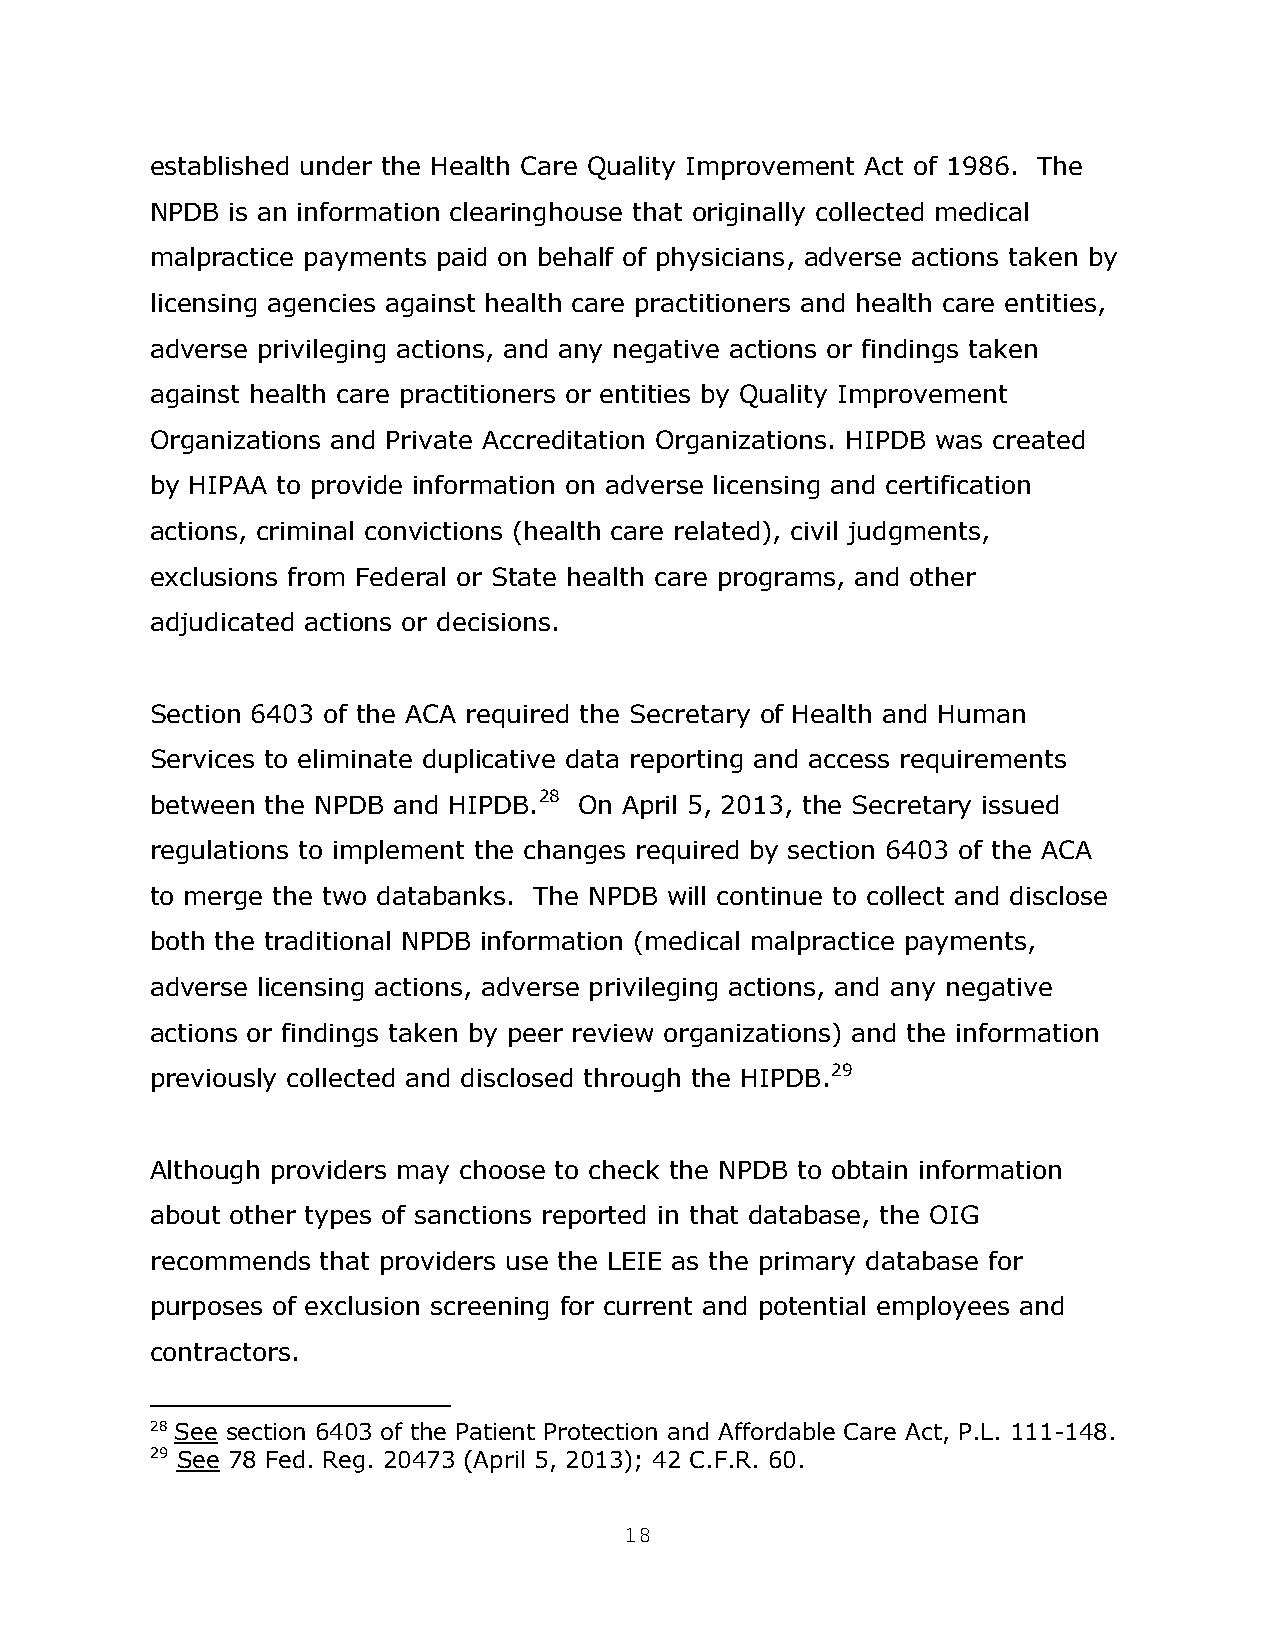
established under the Health Care Quality Improvement Act of 1986. The
 NPDB is an information clearinghouse that originally collected medical
 malpractice payments paid on behalf of physicians, adverse actions taken by
 licensing agencies against health care practitioners and health care entities,
 adverse privileging actions, and any negative actions or findings taken
 against health care practitioners or entities by Quality Improvement
 Organizations and Private Accreditation Organizations. HIPDB was created
 by HIPAA to provide information on adverse licensing and certification
 actions, criminal convictions (health care related), civil judgments,
 exclusions from Federal or State health care programs, and other
 adjudicated actions or decisions.
 Section 6403 of the ACA required the Secretary of Health and Human
 Services to eliminate duplicative data reporting and access requirements
 between the NPDB and HIPDB.28 On April 5, 2013, the Secretary issued
 regulations to implement the changes required by section 6403 of the ACA
 to merge the two databanks. The NPDB will continue to collect and disclose
 both the traditional NPDB information (medical malpractice payments,
 adverse licensing actions, adverse privileging actions, and any negative
 actions or findings taken by peer review organizations) and the information
 previously collected and disclosed through the HIPDB.29
 Although providers may choose to check the NPDB to obtain information
 about other types of sanctions reported in that database, the OIG
 recommends that providers use the LEIE as the primary database for
 purposes of exclusion screening for current and potential employees and
 contractors.
 28 See section 6403 of the Patient Protection and Affordable Care Act, P.L. 111-148.
 29 See 78 Fed. Reg. 20473 (April 5, 2013); 42 C.F.R. 60.
 18